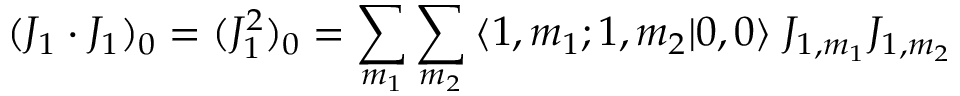
( J _ { 1 } \cdot J _ { 1 } ) _ { 0 } = ( J _ { 1 } ^ { 2 } ) _ { 0 } = \sum _ { m _ { 1 } } \sum _ { m _ { 2 } } \: \langle 1 , m _ { 1 } ; 1 , m _ { 2 } | 0 , 0 \rangle \; J _ { 1 , m _ { 1 } } J _ { 1 , m _ { 2 } }